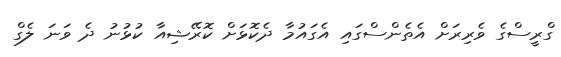
ގްރީސްގެ ވެރިރަށް އެތެންސްގައި އެގައުމާ ދެކޮޅަށް ކޮރޭޝިއާ ކުޅުނު ދެ ވަނަ ލެގް